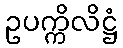
ဥပက္ကိလိဋ္ဌံ